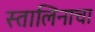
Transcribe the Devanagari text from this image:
स्तालिनाचा